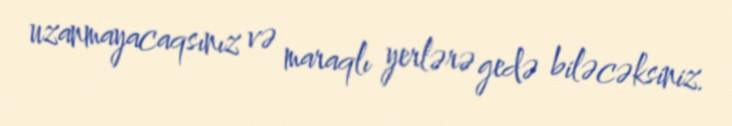
uzanmayacaqsınız və maraqlı yerlərə gedə biləcəksiniz.